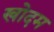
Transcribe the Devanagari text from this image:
खोदम